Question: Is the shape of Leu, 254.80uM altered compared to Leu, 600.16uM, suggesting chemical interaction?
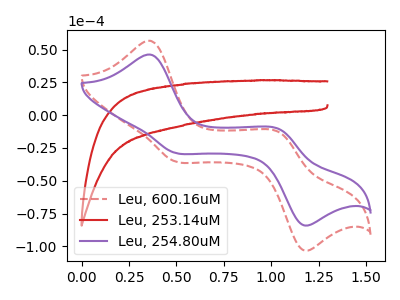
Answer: <think>The red dashed curve "Leu, 600.16uM" has anodic peaks at (0.35V, 56.75uA) (1.05V, -13.35uA) and cathodic peaks at (0.50V, -35.15uA) (1.15V, -102.65uA). The red curve "Leu, 253.14uM" has no peaks. The purple curve "Leu, 254.80uM" has anodic peaks at (0.35V, 46.20uA) (1.05V, -10.90uA) and cathodic peaks at (0.50V, -28.65uA) (1.15V, -83.60uA).
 All the peaks in "Leu, 254.80uM" have a peak in "Leu, 600.16uM" at the same potential.</think>
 <answer>No, "Leu, 254.80uM" and "Leu, 600.16uM" don't appear to be significantly different in shape</answer>
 <eval>no_change</eval>